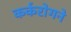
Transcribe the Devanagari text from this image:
कर्करोगने